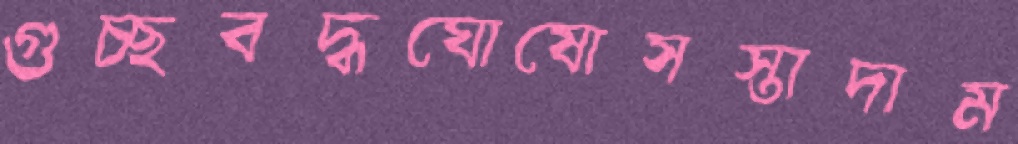
গুচ্ছবদ্ধঘোষোসস্তাদাম